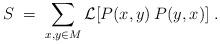
LaTeX: \begin{align*}S \;=\; \sum_{x, y \in M} {\mathcal{L}}[P(x,y) \:P(y,x)] \;. \end{align*}